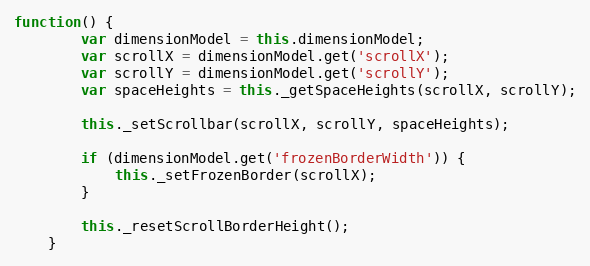
Language: JavaScript
function() {
        var dimensionModel = this.dimensionModel;
        var scrollX = dimensionModel.get('scrollX');
        var scrollY = dimensionModel.get('scrollY');
        var spaceHeights = this._getSpaceHeights(scrollX, scrollY);

        this._setScrollbar(scrollX, scrollY, spaceHeights);

        if (dimensionModel.get('frozenBorderWidth')) {
            this._setFrozenBorder(scrollX);
        }

        this._resetScrollBorderHeight();
    }